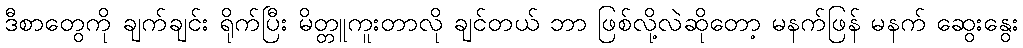
ဒီစာတွေကို ချက်ချင်း ရိုက်ပြီး မိတ္တူကူးတာလို ချင်တယ် ဘာ ဖြစ်လို့လဲဆိုတော့ မနက်ဖြန် မနက် ဆွေးနွေး